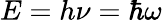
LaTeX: E=h\nu=\hbar\omega\,